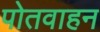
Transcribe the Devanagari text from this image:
पोतवाहन